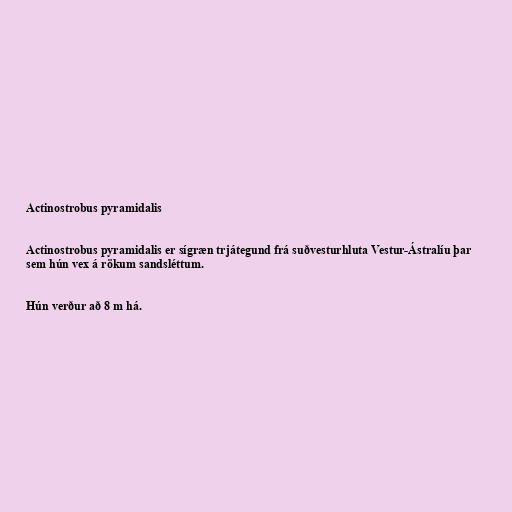
Actinostrobus pyramidalis

Actinostrobus pyramidalis er sígræn trjátegund frá suðvesturhluta Vestur-Ástralíu þar
sem hún vex á rökum sandsléttum.

Hún verður að 8 m há.